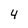
Character: 4